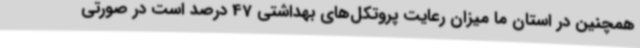
همچنین در استان ما میزان رعایت پروتکل‌های بهداشتی 47 درصد است در صورتی